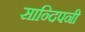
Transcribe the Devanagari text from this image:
सान्दिपनी